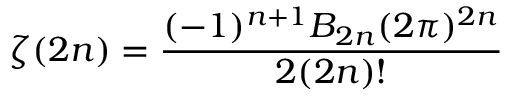
\zeta ( 2 n ) = { \frac { ( - 1 ) ^ { n + 1 } B _ { 2 n } ( 2 \pi ) ^ { 2 n } } { 2 ( 2 n ) ! } }